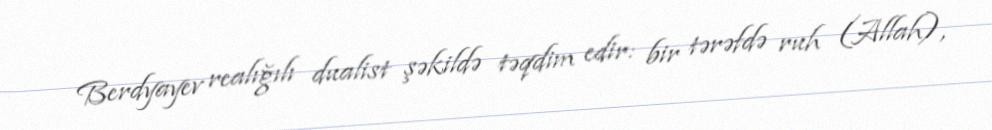
Berdyayev realığılı dualist şəkildə təqdim edir: bir tərəfdə ruh (Allah),